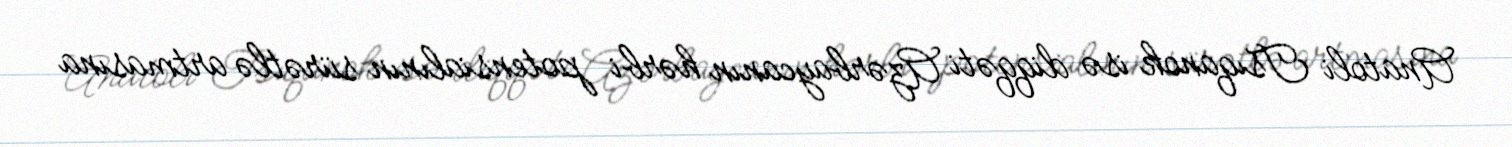
Anatoli Tsıqanok isə diqqəti Azərbaycanın hərbi potensialının sürətlə artmasına